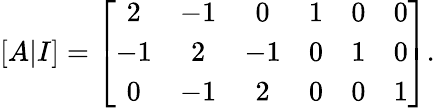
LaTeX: [A|I]=\left[{\begin{array}{cccccc}{2}&{-1}&{0}&{1}&{0}&{0}\\ {-1}&{2}&{-1}&{0}&{1}&{0}\\ {0}&{-1}&{2}&{0}&{0}&{1}\end{array}}\right].